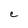
Character: C